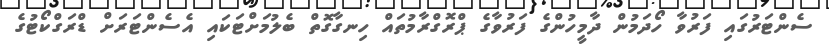
ސެންޓަރުގައި ފަރުވާ ހޯދަމުން ދާމީހުންގެ ފަރުވާގެ ޕްރޮގްރާމުތައް ހިނގާގޮތް ބެލުމަށްޓަކައި އެސެންޓަރަށް ޑްރަގްކޯޓުގެ